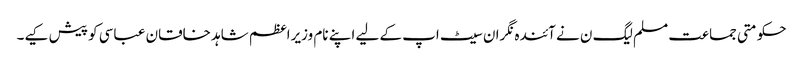
حکومتی جماعت مسلم لیگ ن نے آئندہ نگران سیٹ اپ کے لیے اپنے نام وزیراعظم شاہد خاقان عباسی کو پیش کیے۔